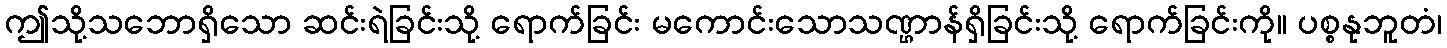
ဤသို့သဘောရှိသော ဆင်းရဲခြင်းသို့ ရောက်ခြင်း မကောင်းသောသဏ္ဌာန်ရှိခြင်းသို့ ရောက်ခြင်းကို။ ပစ္စနုဘူတံ၊